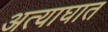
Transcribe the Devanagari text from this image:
अत्याघात